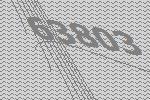
63803